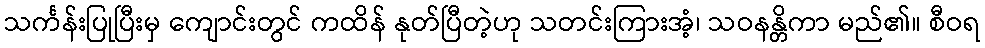
သင်္ကန်းပြုပြီးမှ ကျောင်းတွင် ကထိန် နုတ်ပြီတဲ့ဟု သတင်းကြားအံ့၊ သဝနန္တိကာ မည်၏။ စီဝရ